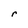
Character: r